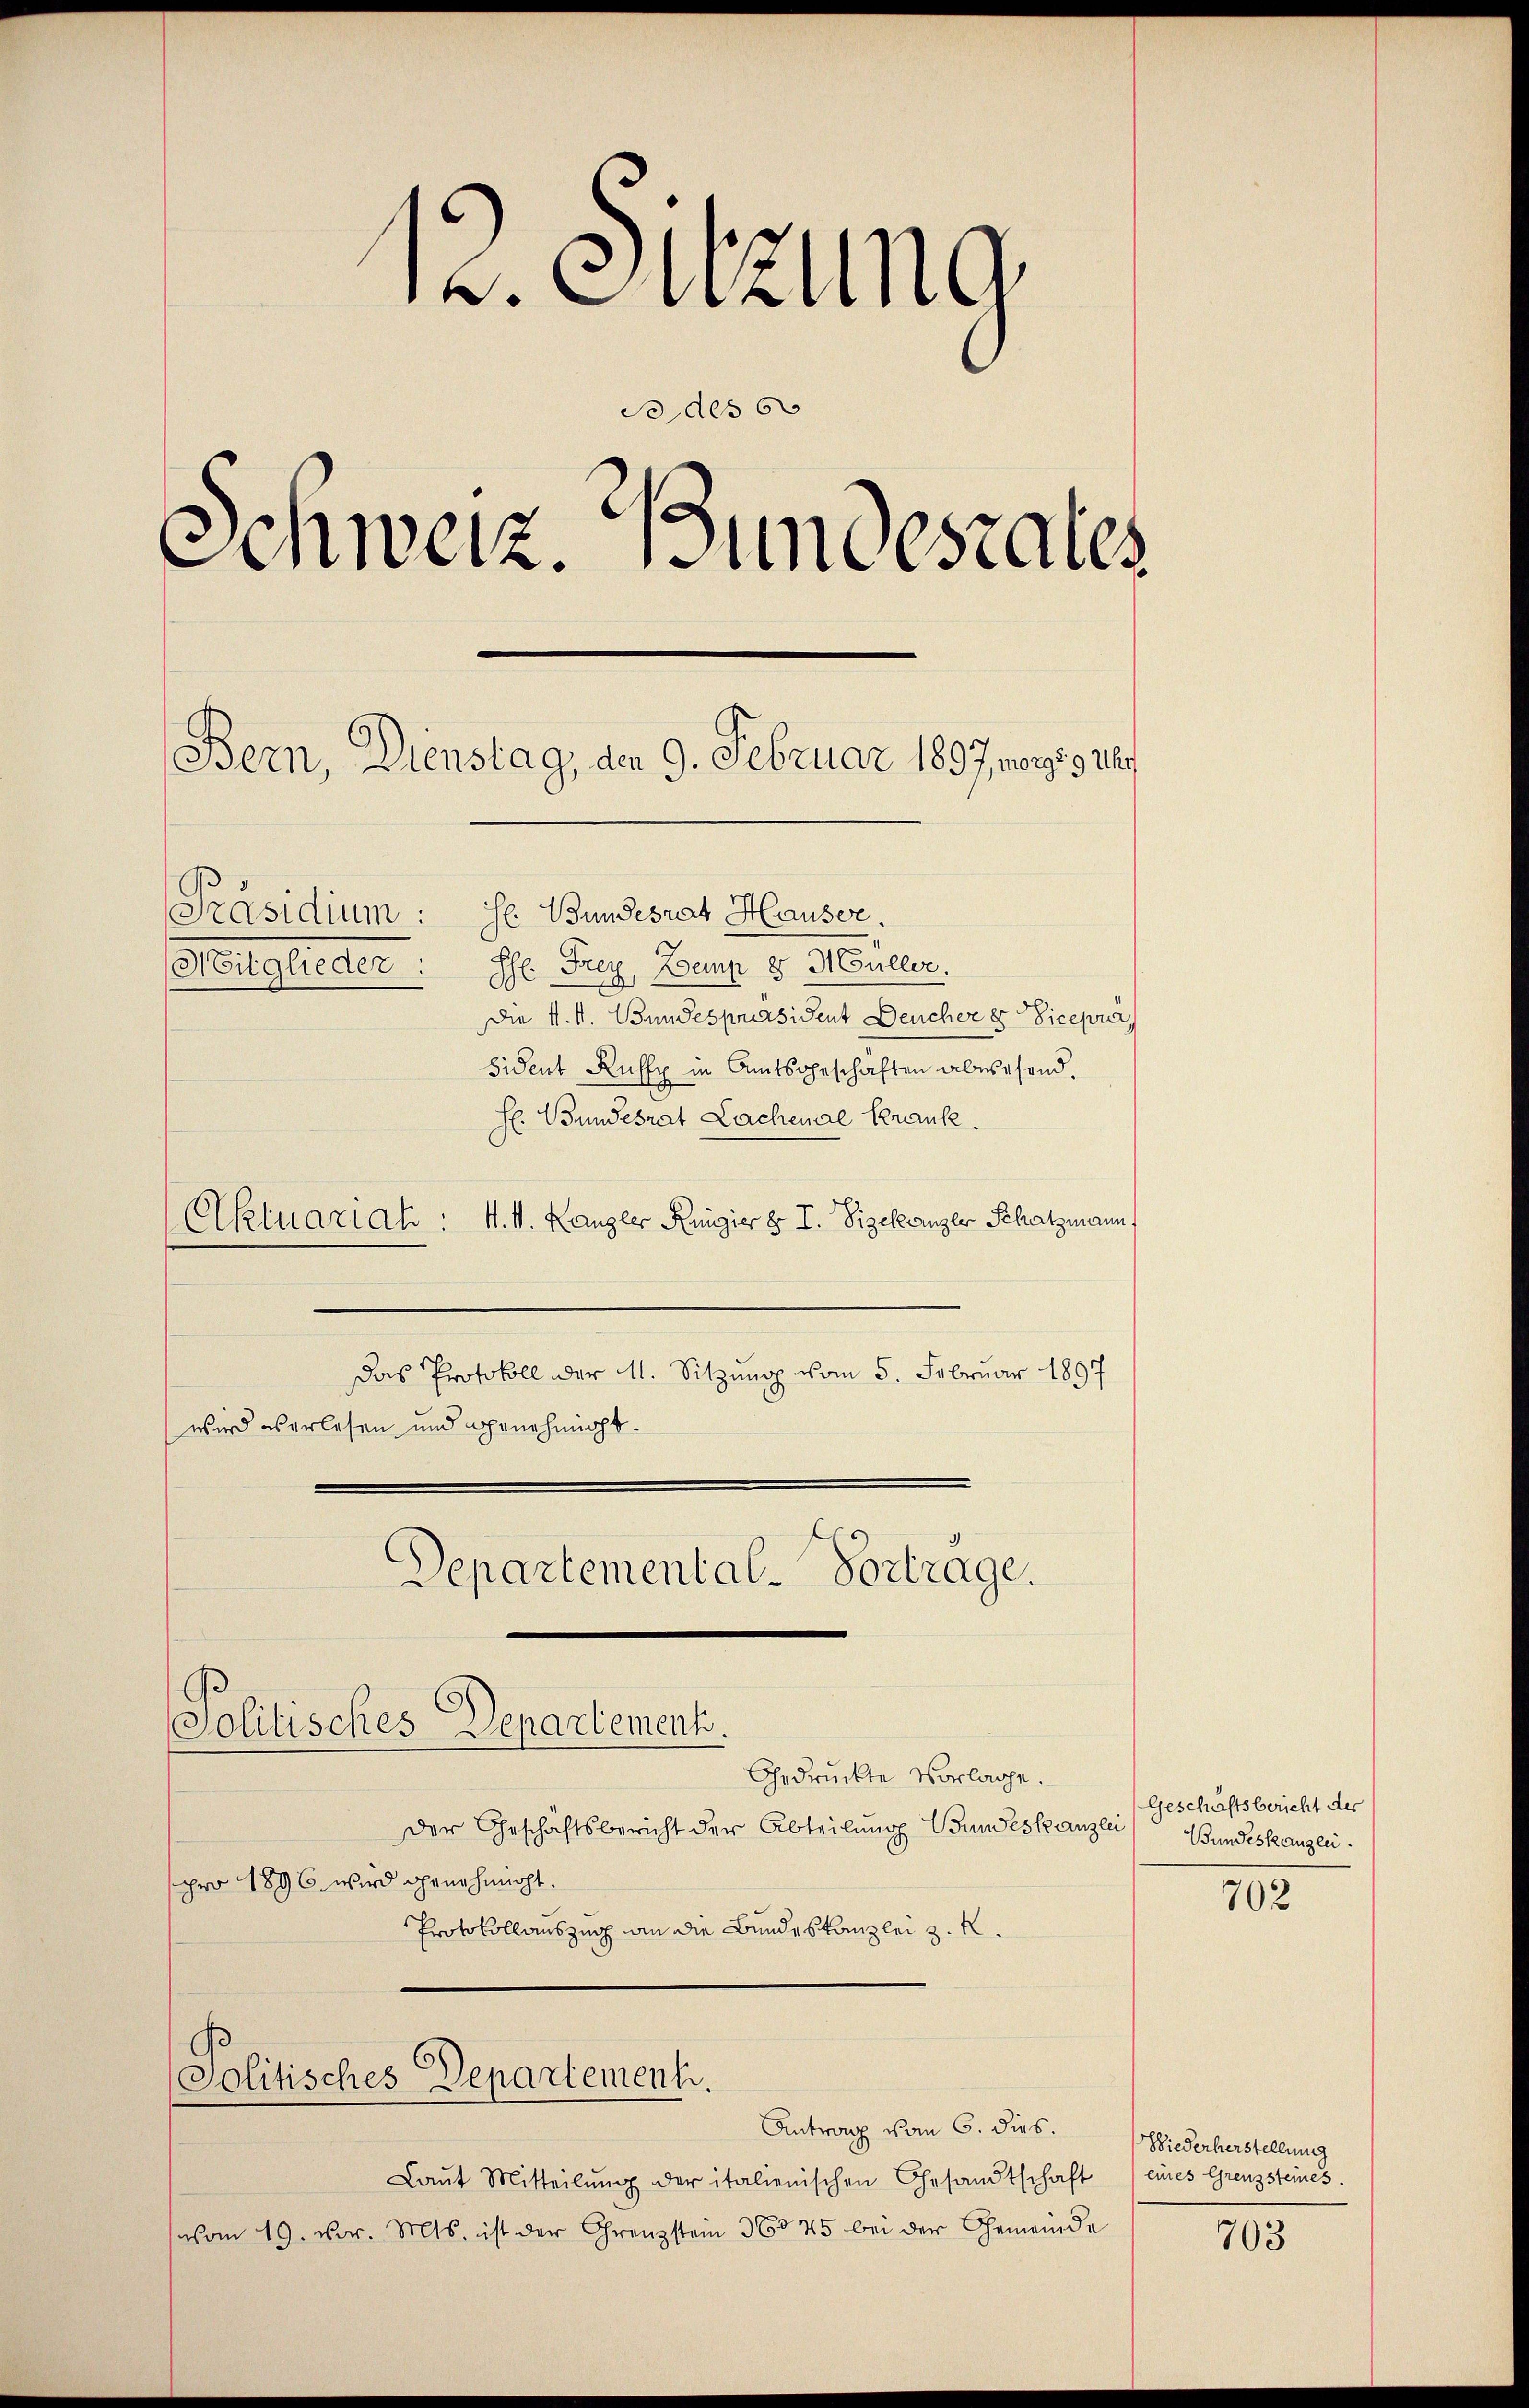
13. Sitzung
S des 60
Schweiz. Bundesrates
Bern, Dienstag, den 9. Februar 1897, orig als

[Präsidium: Se Bundesrat Hauser.
Mitglieder: Ihr Frey, Baup 8. Müller.
f. k. Bundespräsident Deucher 8 Viceprä
sident Ruffy in Amtsgeschäften abwesend.
H. Bundesrat Lachenal Krank.
Aktuariah: 4. M. Kanzler Regier z. T. Vizekanzer Schatzmann
Das Protokoll der M. Sitzung vom 5. Februar 1897
wird es erlesen und genehmigt.
Departemental-Vortrage.

Politisches Departement.

Politisches Departement.

Antrag vom 6. dies.
Laŭt Mitteilŭng der italienischen Gesandtschaft
vom 19. Dr. Mts. ist der Grenzstein 360 45 bei der Gemeinde

Gedruckte Vorlage.
Der Geschäftsbericht der Abteilung Bundeskanzlei Bundeskanzlei
pro 1896 wird genehmigt.
Protokollauszug an die Bundeskanzlei z. K.

Geschäftsbericht der

702

Wiederherstellung
eines Grenzsteines.

703